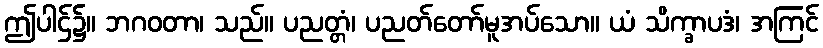
ဤပါဌ်၌။ ဘဂဝတာ၊ သည်။ ပညတ္တံ၊ ပညတ်တော်မူအပ်သော။ ယံ သိက္ခာပဒံ၊ အကြင်